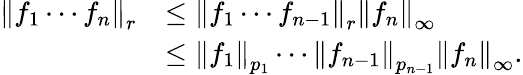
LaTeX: {\begin{array}{rl}{\left\| f_{1}\cdots f_{n}\right\| _{r}}&{\leq\left\| f_{1}\cdots f_{n-1}\right\| _{r}\left\| f_{n}\right\| _{\infty}}\\ &{\leq\left\| f_{1}\right\| _{p_{1}}\cdots\left\| f_{n-1}\right\| _{p_{n-1}}\left\| f_{n}\right\| _{\infty}.}\end{array}}